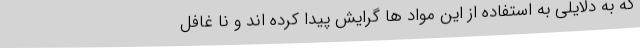
که به دلایلی به استفاده از این مواد ها گرایش پیدا کرده اند و نا غافل